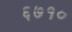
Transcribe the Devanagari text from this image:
६७१०